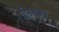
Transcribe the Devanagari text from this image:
ईनका